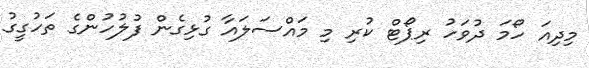
މިދިއަ ހޯމަ ދުވަހު ރިޕޯޓް ކުރި މި މައްސަލައާ ގުޅިގެން ފުލުހުންގެ ތަހުގީގު